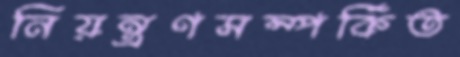
নিয়ন্ত্রণসম্পর্কিত